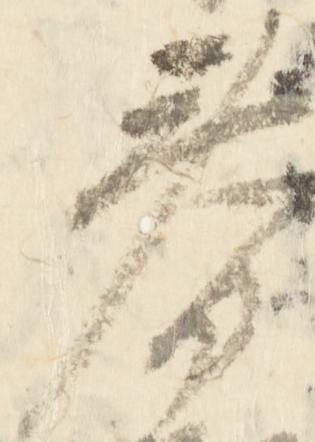
春